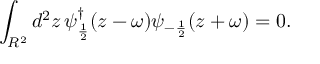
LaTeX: \int _ { R ^ { 2 } } d ^ { 2 } z \, \psi _ { \frac { 1 } { 2 } } ^ { \dagger } ( z - \omega ) \psi _ { - \frac { 1 } { 2 } } ( z + \omega ) = 0 .